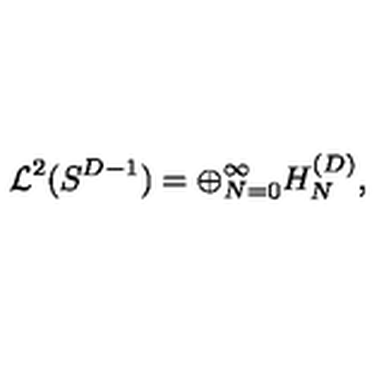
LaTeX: { \cal L } ^ { 2 } ( S ^ { D - 1 } ) = \oplus _ { N = 0 } ^ { \infty } H _ { N } ^ { ( D ) } ,